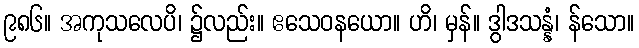
၉၈၆။ အကုသလေပိ၊ ၌လည်း။ ဧသေဝနယော။ ဟိ၊ မှန်။ ဒွါဒသန္နံ၊ န်သော။